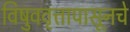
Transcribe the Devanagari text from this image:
विषुववृत्तापासूनचे